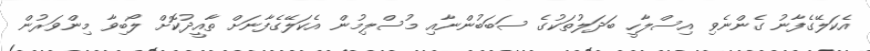
އެކަލޭގެފާނު ގެންނެވި އިސްލާހީ ބަދަލުތަކުގެ ސަބަބުންނާއި މުސްލިމުން އެކަލޭގެފާނަށް ތާއީދުކޮށް ލޯބިވާ މިންވަރުން